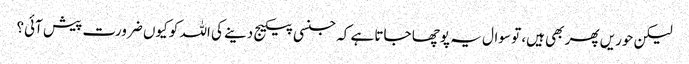
لیکن حوریں پھر بھی ہیں، تو سوال یہ پوچھا جاتا ہے کہ جنسی پیکیج دینے کی اللہ کو کیوں ضرورت پیش آئی؟